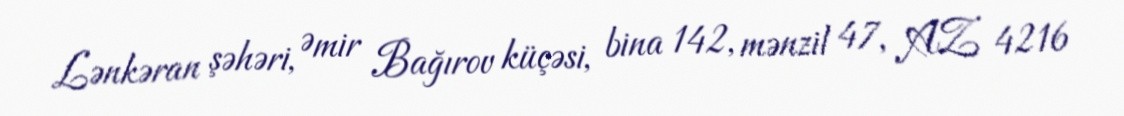
Lənkəran şəhəri, Əmir Bağırov küçəsi, bina 142, mənzil 47, AZ 4216